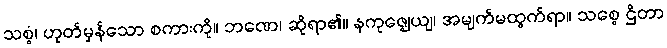
သစ္စံ၊ ဟုတ်မှန်သော စကားကို။ ဘဏေ၊ ဆိုရာ၏။ နကုဇ္ဈေယျ၊ အမျက်မထွက်ရာ။ သစ္စေ ဌိတာ